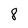
Character: 8